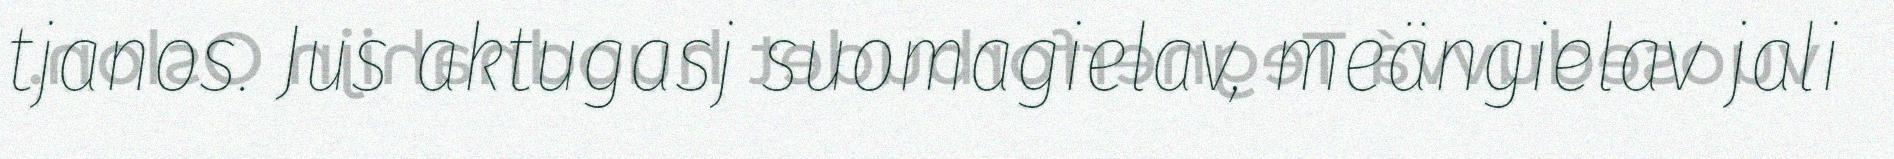
tjanos. Jus aktugasj suomagielav, meängielav jali